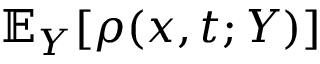
\mathbb { E } _ { Y } [ \rho ( x , t ; Y ) ]